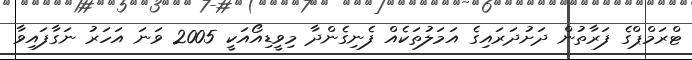
ޓްރަމްޕްގެ ފަރާތުން ދަށުދަރައިގެ އަމަލުތަކެއް ފެނިގެންދާ މިވީޑިއޯއަކީ 2005 ވަނަ އަހަރު ނަގާފައިވާ